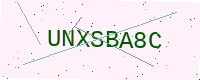
Text: UNXSBA8C